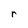
Character: r